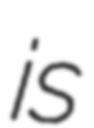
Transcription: is